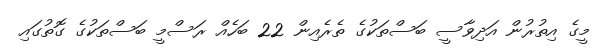
މީގެ އިތުރުން އަދިވާސީ ބަސްތަކުގެ ތެރެއިން 22 ބަހެއް ރަސްމީ ބަސްތަކުގެ ގޮތުގައި